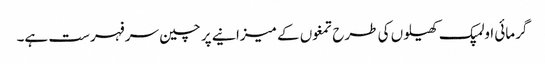
گرمائی اولمپک کھیلوں کی طرح تمغوں کے میزانیے پر چین سر فہرست ہے۔